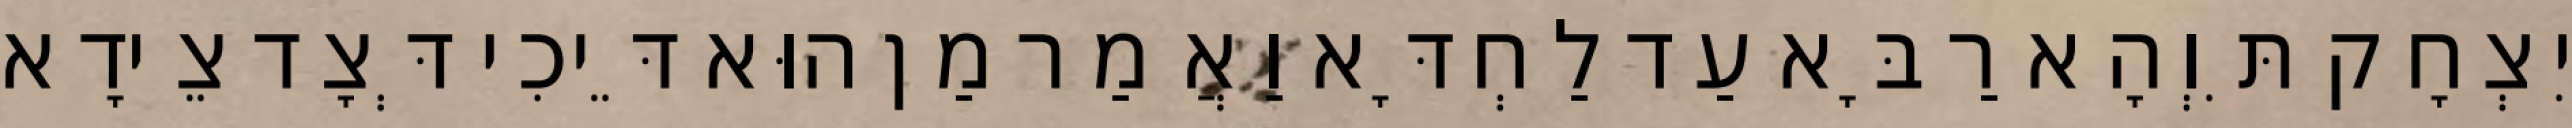
יִצְחָק תִּוְהָא רַבָּא עַד לַחְדָּא וַאֲמַר מַן הוּא דֵּיכִי דְּצָד צֵידָא